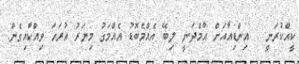
ކީއްކުރަނީ . އިންޑިއާއަށް އާމްދަނީ ލިބޭ އެއްމެބޮޑު އެއްމަގު މިޔަރު އުރަހަ ވިއްކާއިގެން.